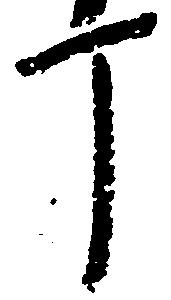
丁